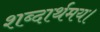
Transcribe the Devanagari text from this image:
शब्दार्थमय।